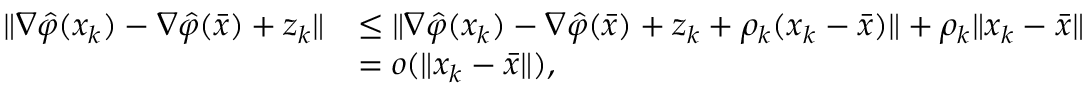
\begin{array} { r l } { \| \nabla \hat { \varphi } ( x _ { k } ) - \nabla \hat { \varphi } ( \bar { x } ) + z _ { k } \| } & { \leq \| \nabla \hat { \varphi } ( x _ { k } ) - \nabla \hat { \varphi } ( \bar { x } ) + z _ { k } + \rho _ { k } ( x _ { k } - \bar { x } ) \| + \rho _ { k } \| x _ { k } - \bar { x } \| } \\ & { = o ( \| x _ { k } - \bar { x } \| ) , } \end{array}